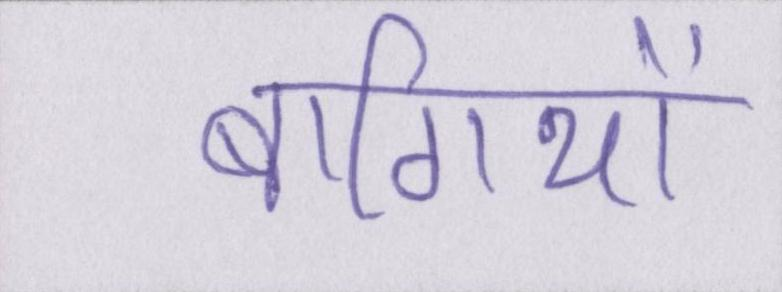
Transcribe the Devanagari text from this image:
बागियों